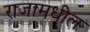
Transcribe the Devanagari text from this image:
राजामधील